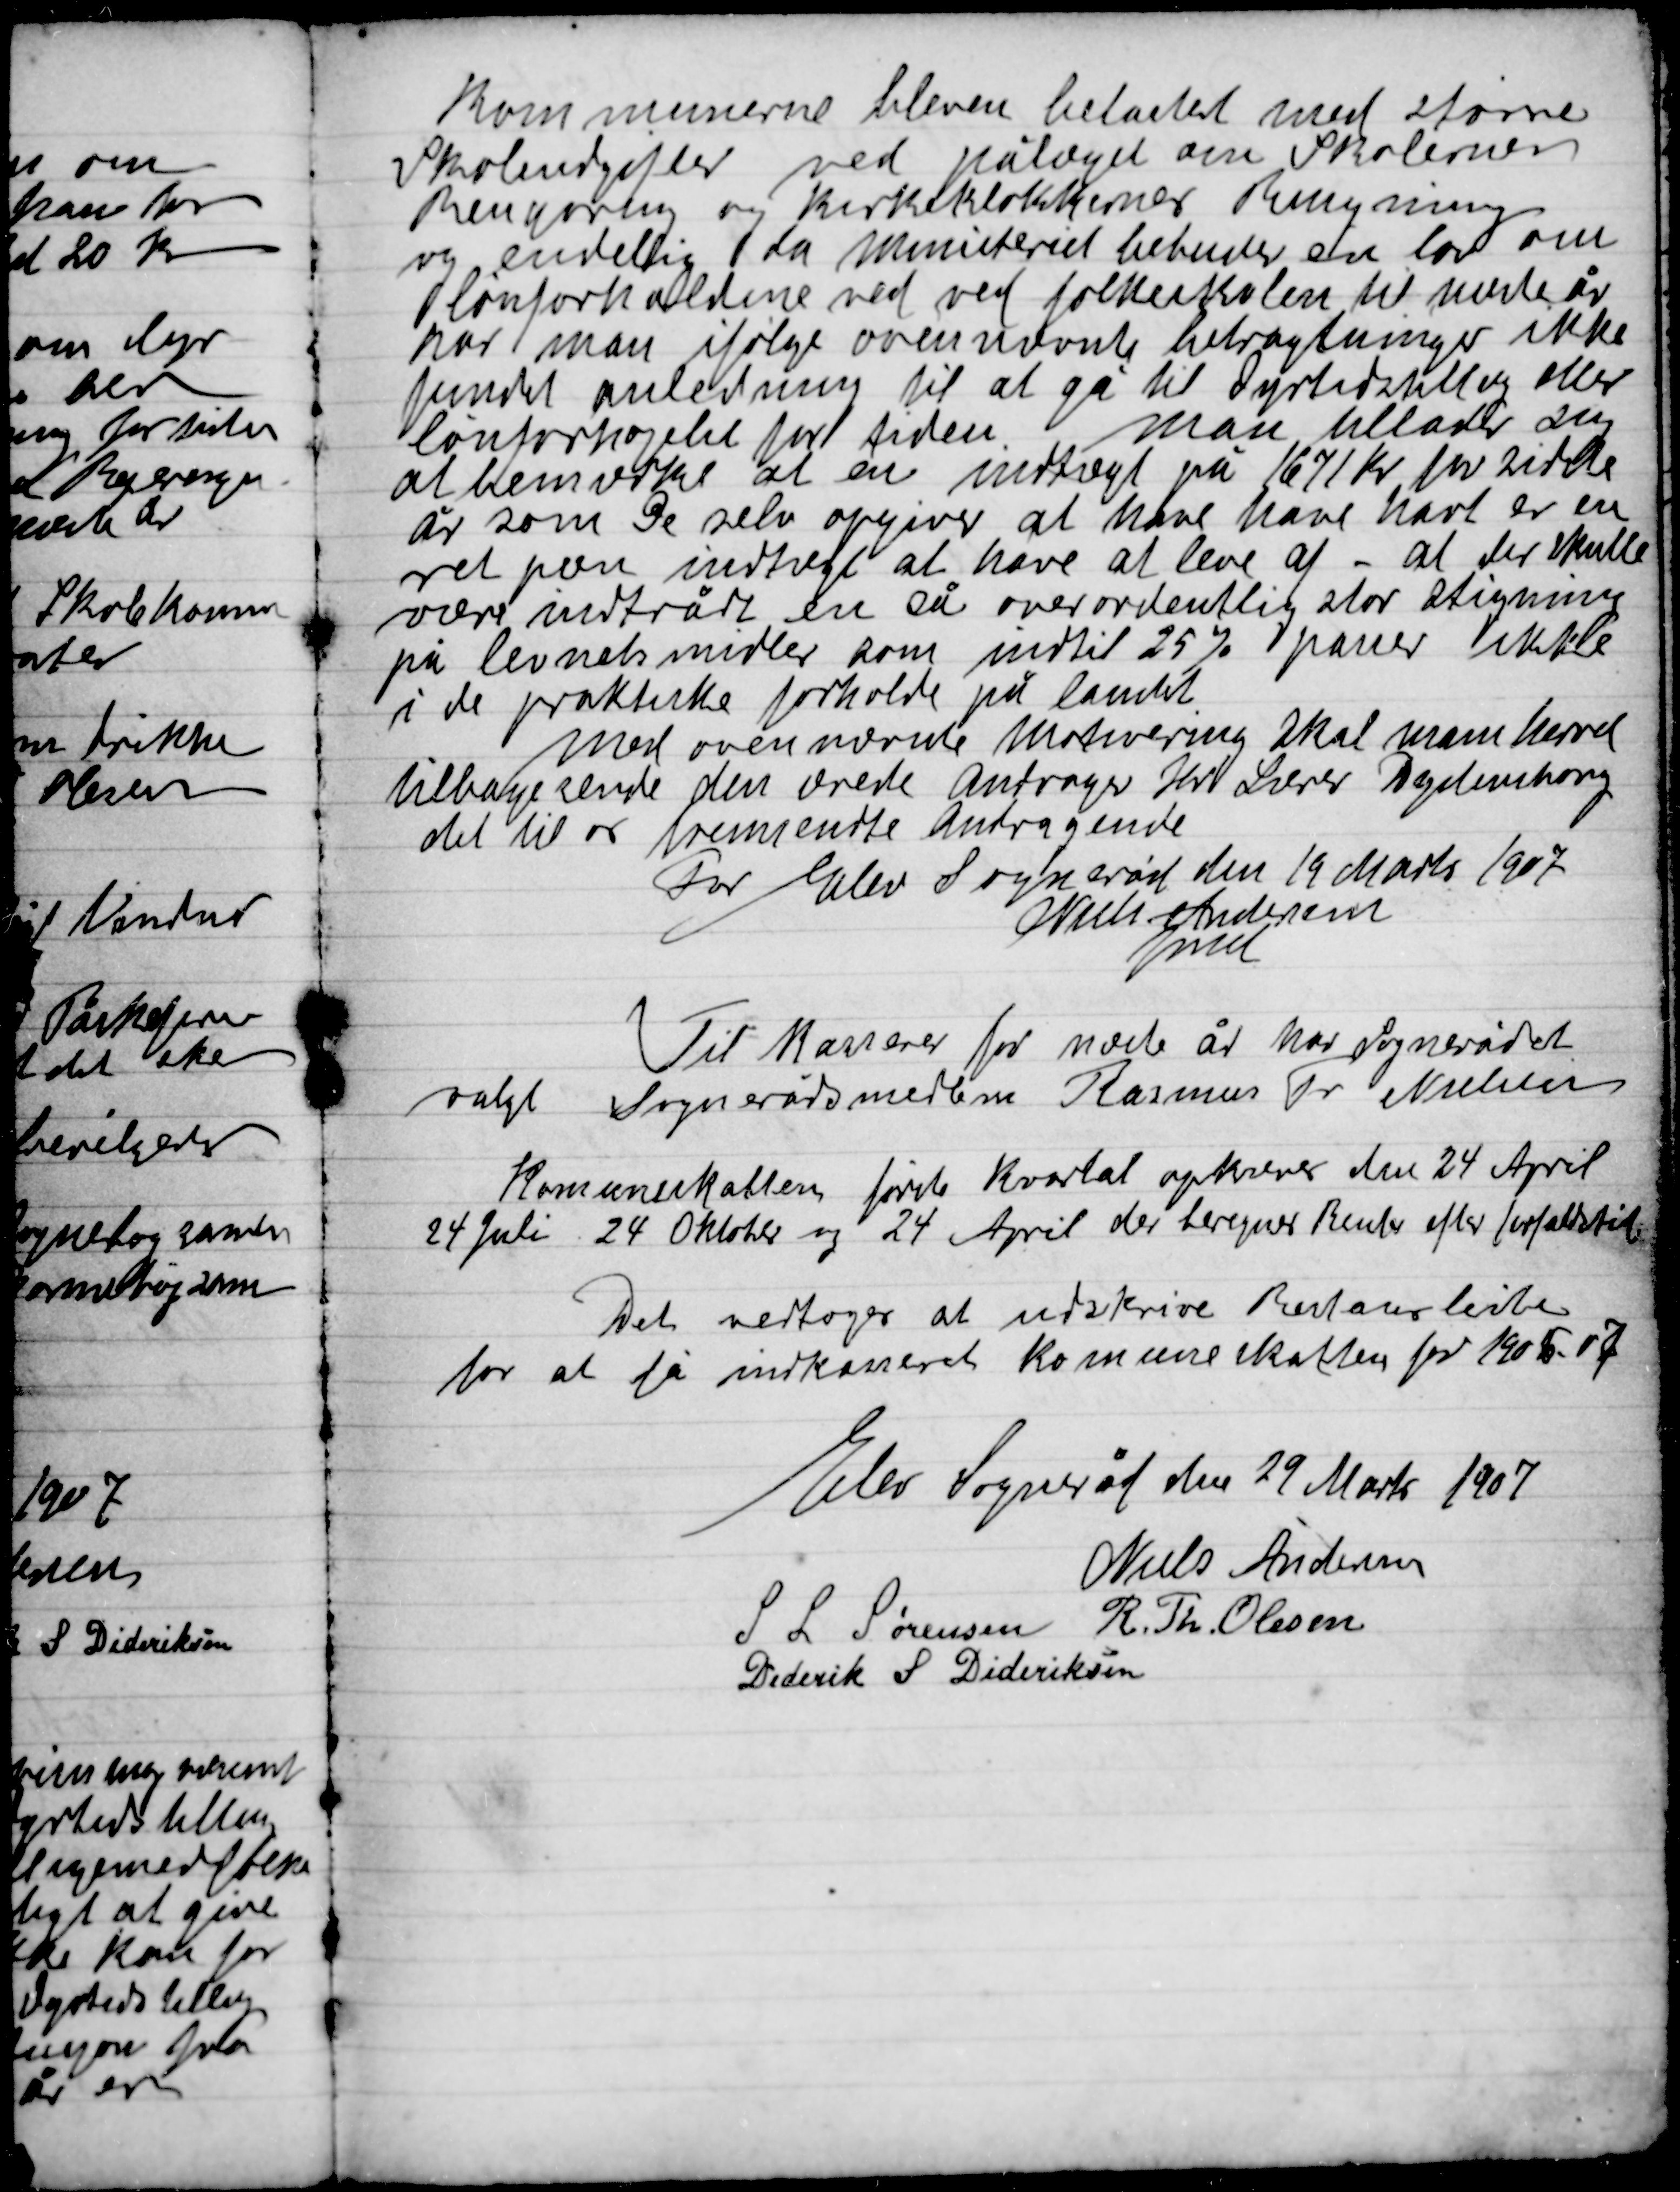
Transskription:
Kommunerne bleven belastet med større
Skoleudgifter ved pålægget om Skolernes
Rengøring og Kirkeklokkernes ringning
og endelig da Ministeriet bebudet en lov om
lønforholdene  ved ved folkeskolen til næste år
har man ifølge ovennævnte betragtninger ikke
fundet anledning til at gå til Dyrtidsstillæg eller
lønforhøjelse for tiden. Man tillader sig
at henvise at en indtægt på 1671 Kr. for sidste
år som De selv opgiver at have have havt er en
ret pæn indtægt at have at leve af – at der skulle
være indtrådt en så overordentlig stor stigning
på levnedsmidler som indtil 25 % passer ikke
i de faktiske forhold på landet.
Med ovennævnte motivering skal man herved
tilbagesende den ærede Andrager Hr. Lærer Dydensborg
det til os fremsendte Andragende
For Elev Sogneråd den 19 Marts 1907
Niels Andersen
Fmd.

Til Kasserer for næste år har Sognerådet
valgt Sognerådsmedlem Rasmus Th. Nielsen

Kommuneskatten første Kvartal opkræves den 24 April,
24 Juli, 24 Oktober og 24 April der beregnes renter efter forfaldstid

Det vedtoges at udskrive Restanceliste
for at få indkasseret Kommuneskatten for 1906-07

Elev sogneråd den 29 Marts 1907

Niels Andersen
S. L. Sørensen
R. Th. Olsen
Diderik S. Dideriksen